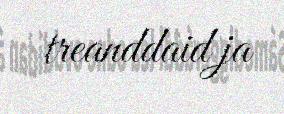
treanddaid ja